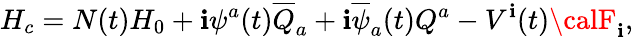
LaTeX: H_{c}=N(t)H_{0}+\mathbf{i}\psi^{a}(t)\overline{{{{Q}}}}_{a}+\mathbf{i}\overline{{{{\psi}}}}_{a}(t)Q^{a}-V^{\mathbf{i}}(t){\calF}_{\mathbf{i}},